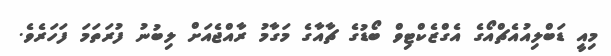
މިއީ ޑަބްލިއުއެޗްއޯގެ އެގްޒެކްޓިވް ބޯޑުގެ ޗާއާގެ މަގާމު ރާއްޖެއަށް ލިބުނު ފުރަތަމަ ފަހަރެވެ.